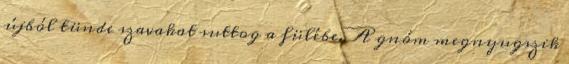
újból tünde szavakat suttog a fülébe. A gnóm megnyugszik